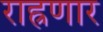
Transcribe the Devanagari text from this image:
राह्रणार